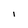
Character: I